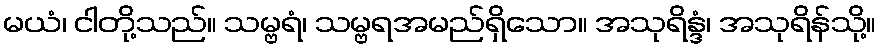
မယံ၊ ငါတို့သည်။ သမ္ဗရံ၊ သမ္ဗရအမည်ရှိသော။ အသုရိန္ဒံ၊ အသုရိန်သို့။